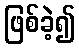
ဖြစ်ခဲ့၍